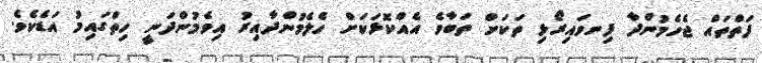
ފަތްތައް ޖެހެމުންދާ ފިނވައިރޯޅި ތަކަށް ތަބާވެ އެއްކޮޅަކަށް ހެލެމުންދާއިރު އިވެމުންދަނީ ހިތްގައިމު އަޑެކެވެ.